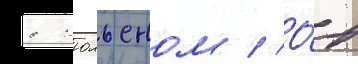
с жюльеном // О́т